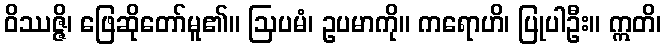
ဝိဿဇ္ဇိ၊ ဖြေဆိုတော်မူ၏။ ဩပမံ၊ ဥပမာကို။ ကရောဟိ၊ ပြုပါဦး။ ဣတိ၊